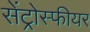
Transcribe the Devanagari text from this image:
सेंट्रोस्फीयर